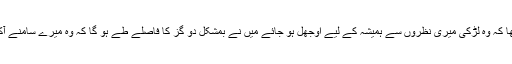
میں چاہتا تھا کہ وہ لڑکی میری نظروں سے ہمیشہ کے لیے اوجھل ہو جائے میں نے بمشکل دو گز کا فاصلے طے ہو گا کہ وہ میرے سامنے آکھڑی ہوئی۔